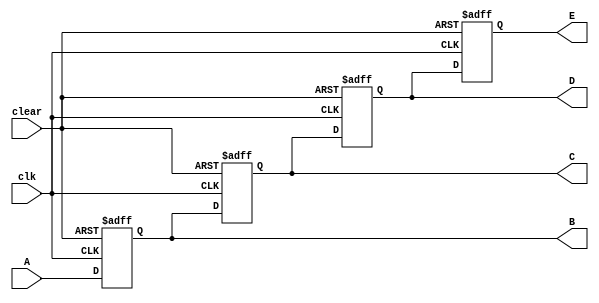
module shiftregister(A,B,C,D,E,clk,clear);

input A;
input clk,clear;
output reg B,C,D,E;

always @(posedge clk or negedge clear)
 begin
   if(!clear) begin B=0;C=0;D=0;E=0; end 
	else
	begin
	   E<=D;
		D<=C;
		C<=B;
		B<=A;
	end
	
 end
endmodule